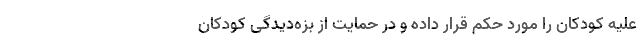
علیه کودکان را مورد حکم قرار داده و در حمایت از بزه‌دیدگی کودکان